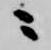
ニ